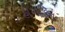
હોગકિન